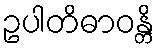
ဥပါတိဓာဝန္တိ